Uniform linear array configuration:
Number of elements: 32
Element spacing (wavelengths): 0.5
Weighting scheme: cosine
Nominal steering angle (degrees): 15
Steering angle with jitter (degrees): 14.943
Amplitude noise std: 0.05
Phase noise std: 0.05

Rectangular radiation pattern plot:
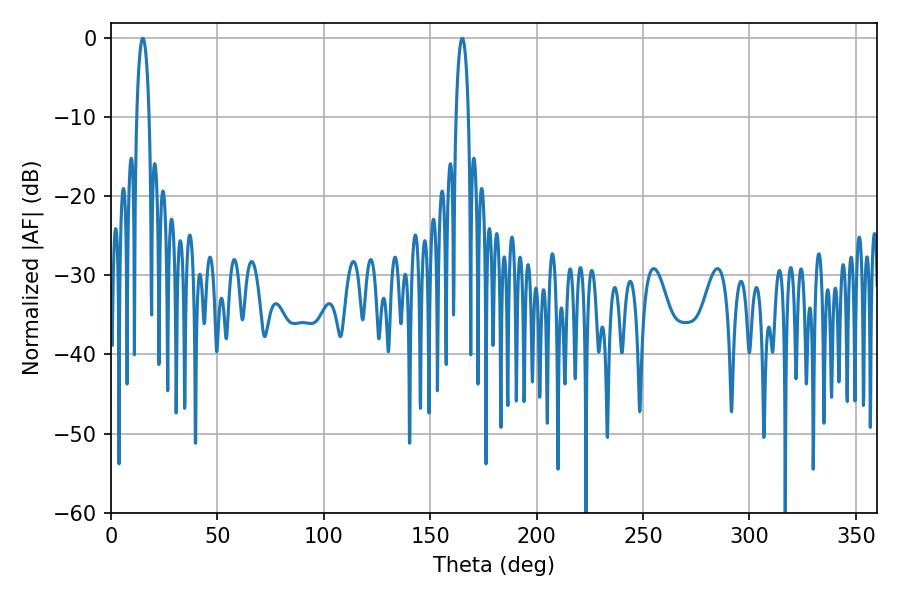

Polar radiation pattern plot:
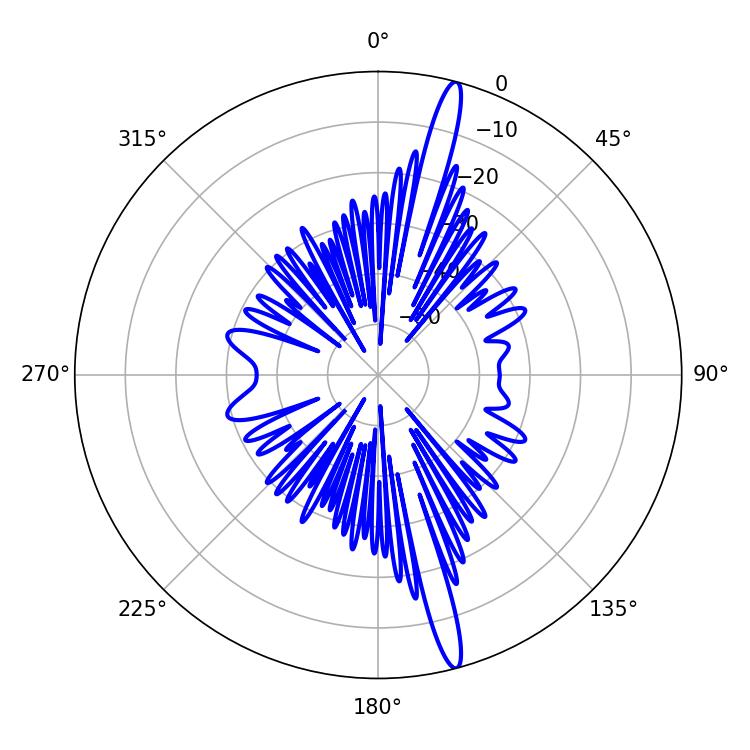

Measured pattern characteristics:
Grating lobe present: FALSE
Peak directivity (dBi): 17.775
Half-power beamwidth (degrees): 3.24
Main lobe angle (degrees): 14.94